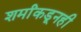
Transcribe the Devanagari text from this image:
शर्मांकडूनही